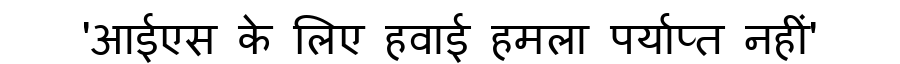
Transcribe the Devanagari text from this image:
'आईएस के लिए हवाई हमला पर्याप्त नहीं'